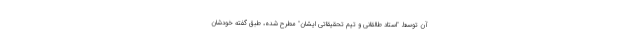
آن توسط "استاد طالقانی و تیم تحقیقاتی ایشان" مطرح شده، طبق گفته خودشان